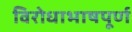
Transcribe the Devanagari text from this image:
विरोधाभाषपूर्ण